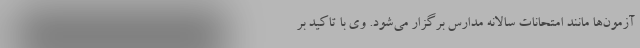
آزمون‌ها مانند امتحانات سالانه مدارس برگزار می‌شود. وی با تاکید بر